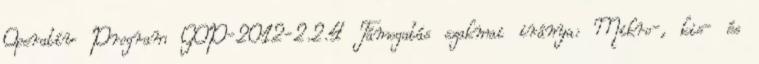
Operatív Program GOP-2012-2.2.4 Támogatás szakmai iránya: Mikro-, kis- és